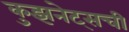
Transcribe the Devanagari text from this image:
कुझनेट्सची